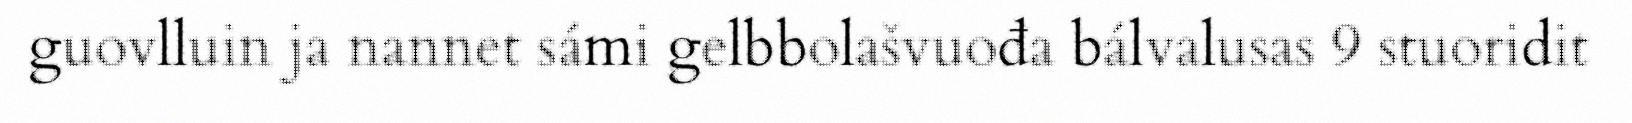
guovlluin ja nannet sámi gelbbolašvuođa bálvalusas 9 stuoridit